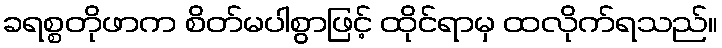
ခရစ္စတိုဖာက စိတ်မပါစွာဖြင့် ထိုင်ရာမှ ထလိုက်ရသည်။